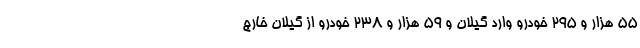
۵۵ هزار و ۲۹۵ خودرو وارد گیلان و ۵۹ هزار و ۲۳۸ خودرو از گیلان خارج